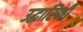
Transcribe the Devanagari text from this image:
उद्धारिणी